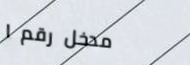
مدخل رقم ١